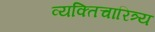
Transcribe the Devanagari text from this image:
व्यक्तिचारित्र्य